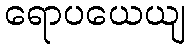
ရောပယေယျ